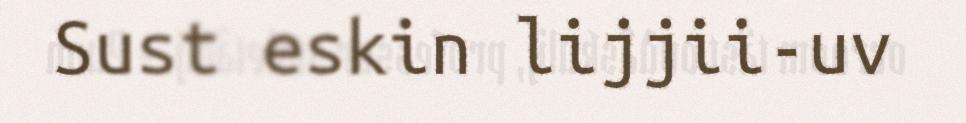
Sust eskin lijjii-uv